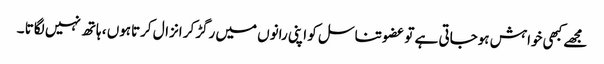
مجھے کبھی خواہش ہوجاتی ہے تو عضو تناسل کو اپنی رانوں میں رگڑکر انزال کرتاہوں ، ہاتھ نہیں لگاتا ۔